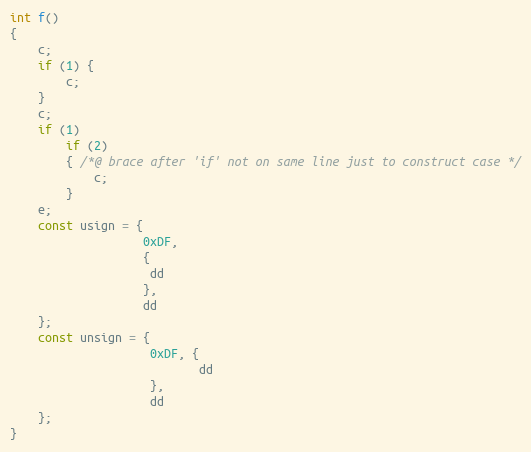
Language: C
int f()
{
    c;
    if (1) {
        c;
    }
    c;
    if (1)
        if (2)
        { /*@ brace after 'if' not on same line just to construct case */
            c;
        }
    e;
    const usign = {
                   0xDF,
                   {
                    dd
                   },
                   dd
    };
    const unsign = {
                    0xDF, {
                           dd
                    },
                    dd
    };
}